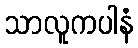
သာလူကပါနံ